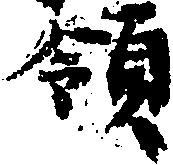
領